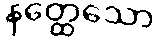
နတ္ထေသော